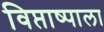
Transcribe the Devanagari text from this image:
विप्ताष्पाला